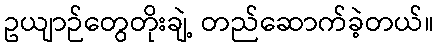
ဥယျာဉ်တွေတိုးချဲ့ တည်ဆောက်ခဲ့တယ်။